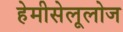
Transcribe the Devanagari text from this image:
हेमीसेलूलोज